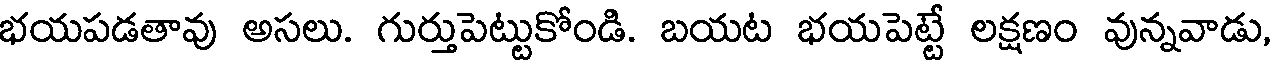
భయపడతావు అసలు. గుర్తుపెట్టుకోండి. బయట భయపెట్టే లక్షణం వున్నవాడు,